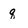
Character: q